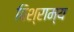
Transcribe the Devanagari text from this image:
विश्राम्य